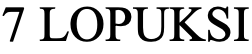
7 LOPUKSI